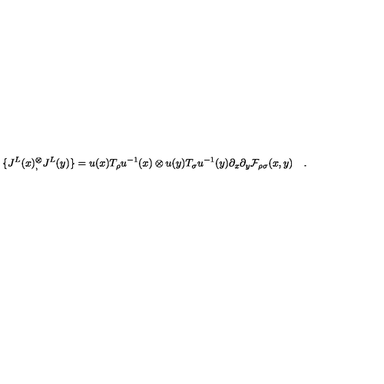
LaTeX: \{ J ^ { L } ( x ) { } _ { , } ^ { \otimes } J ^ { L } ( y ) \} = u ( x ) T _ { \rho } u ^ { - 1 } ( x ) \otimes u ( y ) T _ { \sigma } u ^ { - 1 } ( y ) \partial _ { x } \partial _ { y } { \cal F } _ { \rho \sigma } ( x , y ) \quad .